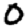
Digit: 0